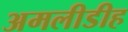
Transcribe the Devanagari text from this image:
अमलीडीह